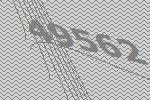
49562